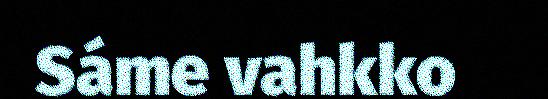
Sáme vahkko